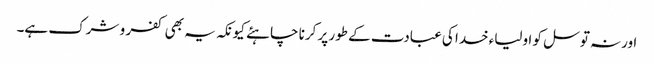
اورنہ توسل کو اولیاء خدا کی عبادت کے طور پر کرنا چاہئے کیونکہ یہ بھی کفر و شرک ہے۔